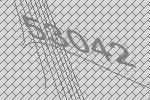
53042